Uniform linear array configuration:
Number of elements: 12
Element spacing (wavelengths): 0.25
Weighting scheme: hamming
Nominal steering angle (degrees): -15
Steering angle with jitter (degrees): -15.943
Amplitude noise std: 0.05
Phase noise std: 0.05

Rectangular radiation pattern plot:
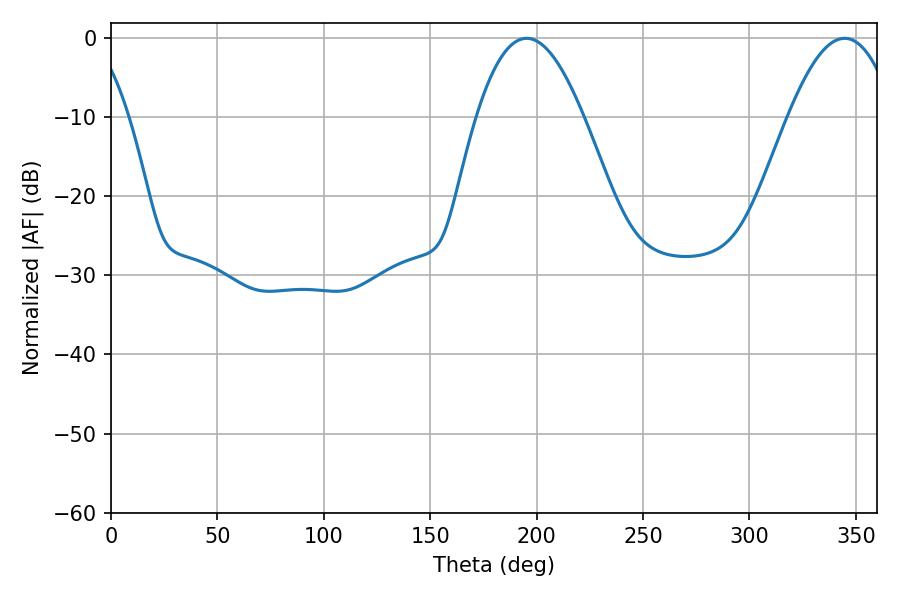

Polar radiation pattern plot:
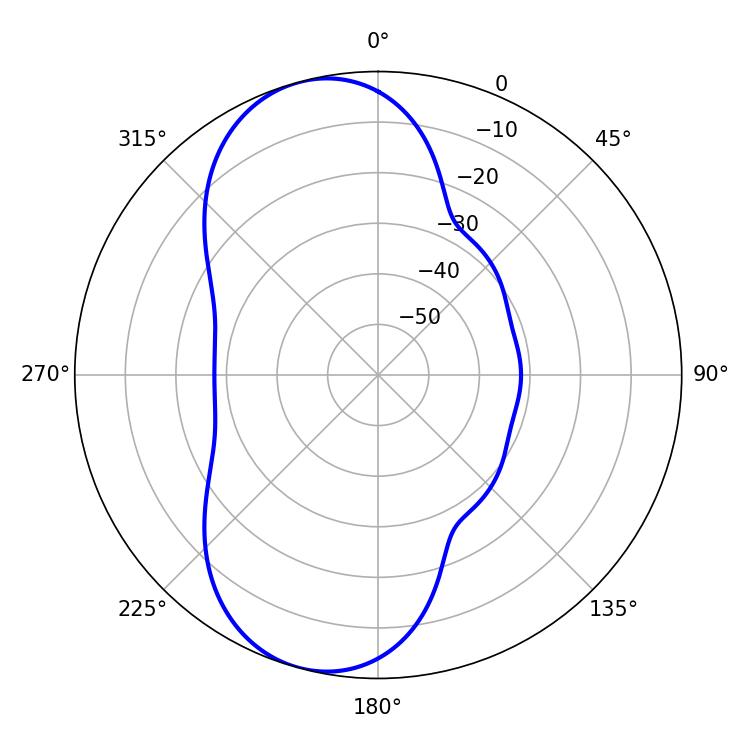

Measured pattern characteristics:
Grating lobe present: FALSE
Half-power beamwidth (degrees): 27.54
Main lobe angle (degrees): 195.3